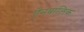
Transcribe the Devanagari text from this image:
ऐनबालिक